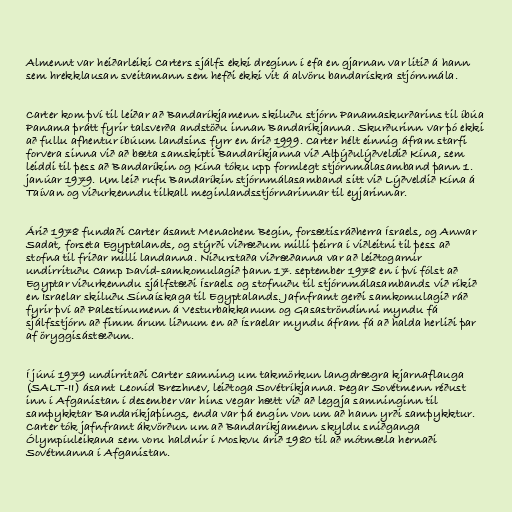
Almennt var heiðarleiki Carters sjálfs ekki dreginn í efa en gjarnan var litið á hann
sem hrekklausan sveitamann sem hefði ekki vit á alvöru bandarískra stjórnmála.

Carter kom því til leiðar að Bandaríkjamenn skiluðu stjórn Panamaskurðarins til íbúa
Panama þrátt fyrir talsverða andstöðu innan Bandaríkjanna. Skurðurinn var þó ekki
að fullu afhentur íbúum landsins fyrr en árið 1999. Carter hélt einnig áfram starfi
forvera sinna við að bæta samskipti Bandaríkjanna við Alþýðulýðveldið Kína, sem
leiddi til þess að Bandaríkin og Kína tóku upp formlegt stjórnmálasamband þann 1.
janúar 1979. Um leið rufu Bandaríkin stjórnmálasamband sitt við Lýðveldið Kína á
Taívan og viðurkenndu tilkall meginlandsstjórnarinnar til eyjarinnar.

Árið 1978 fundaði Carter ásamt Menachem Begin, forsætisráðherra Ísraels, og Anwar
Sadat, forseta Egyptalands, og stýrði viðræðum milli þeirra í viðleitni til þess að
stofna til friðar milli landanna. Niðurstaða viðræðanna var að leiðtogarnir
undirrituðu Camp David-samkomulagið þann 17. september 1978 en í því fólst að
Egyptar viðurkenndu sjálfstæði Ísraels og stofnuðu til stjórnmálasambands við ríkið
en Ísraelar skiluðu Sínaískaga til Egyptalands. Jafnframt gerði samkomulagið ráð
fyrir því að Palestínumenn á Vesturbakkanum og Gasaströndinni myndu fá
sjálfsstjórn að fimm árum liðnum en að Ísraelar myndu áfram fá að halda herliði þar
af öryggisástæðum.

Í júní 1979 undirritaði Carter samning um takmörkun langdrægra kjarnaflauga
(SALT-II) ásamt Leoníd Brezhnev, leiðtoga Sovétríkjanna. Þegar Sovétmenn réðust
inn í Afganistan í desember var hins vegar hætt við að leggja samninginn til
samþykktar Bandaríkjaþings, enda var þá engin von um að hann yrði samþykktur.
Carter tók jafnframt ákvörðun um að Bandaríkjamenn skyldu sniðganga
Ólympíuleikana sem voru haldnir í Moskvu árið 1980 til að mótmæla hernaði
Sovétmanna í Afganistan.